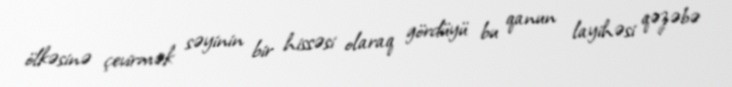
ölkəsinə çevirmək səyinin bir hissəsi olaraq gördüyü bu qanun layihəsi qəzəbə